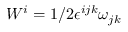
W ^ { i } = 1 / 2 { \epsilon } ^ { i j k } { \omega } _ { j k }